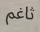
ثاغم